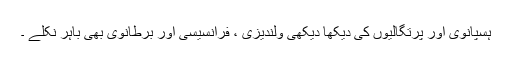
ہسپانوی اور پرتگالیوں کی دیکھا دیکھی ولندیزی ، فرانسیسی اور برطانوی بھی باہر نکلے ۔